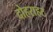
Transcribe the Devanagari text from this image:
दोहराहट